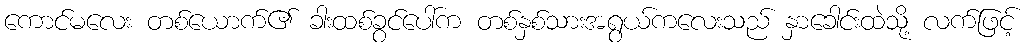
ကောင်မလေး တစ်ယောက်၏ ခါးထစ်ခွင်ပေါ်က တစ်နှစ်သားအရွယ်ကလေးသည် နှာခေါင်းထဲသို့ လက်ဖြင့်